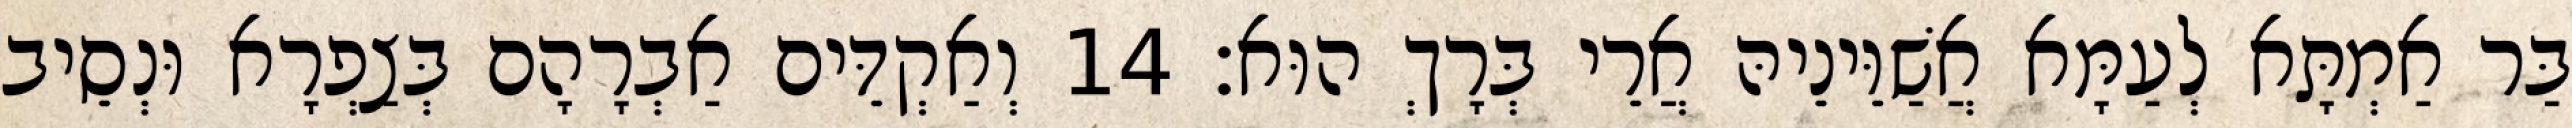
בַּר אַמְתָּא לְעַמָּא אֲשַׁוֵּינֵיהּ אֲרֵי בְּרָךְ הוּא׃ 14 וְאַקְדֵּים אַבְרָהָם בְּצַפְרָא וּנְסֵיב